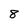
Character: 8